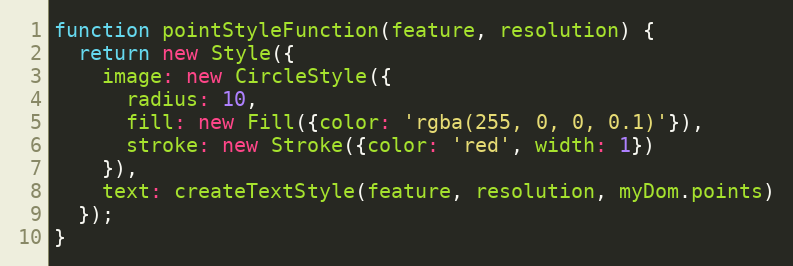
Language: JavaScript
function pointStyleFunction(feature, resolution) {
  return new Style({
    image: new CircleStyle({
      radius: 10,
      fill: new Fill({color: 'rgba(255, 0, 0, 0.1)'}),
      stroke: new Stroke({color: 'red', width: 1})
    }),
    text: createTextStyle(feature, resolution, myDom.points)
  });
}